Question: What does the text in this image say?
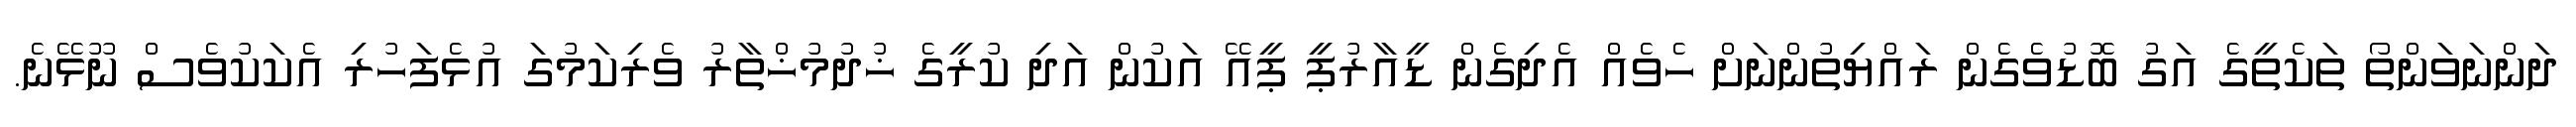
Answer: ދަންނަވަންތޯ ތަކެތީގެ އަގު ބޮޑުވެގެން ރައްޔިތުންނަށް ހެވެއް އެދިގެން ޑީއާރުޕީ ޕީއޭ އަކުން އަދި ކުރީގެ ޚުދުމުޚްތާރު ވެރިކަމުގަ އުޅެފަހުރި އެކަކުވެސް ނޫޅޭނެ.